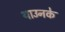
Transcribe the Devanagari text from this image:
थाउनके